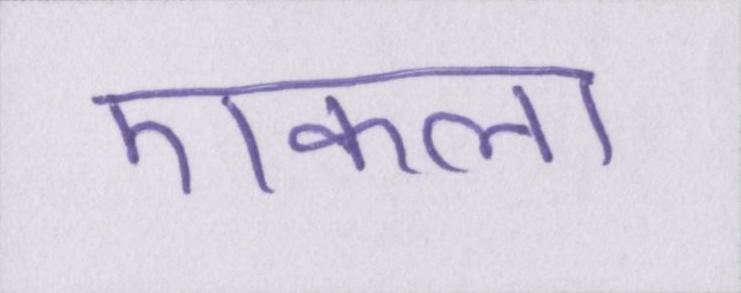
एकला